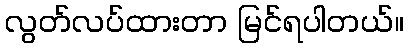
လွတ်လပ်ထားတာ မြင်ရပါတယ်။